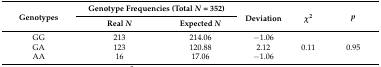
| <ROWSPAN=2> Genotypes | <COLSPAN=2> Genotype Frequencies (Total N = 352) | <ROWSPAN=2> Deviation | <ROWSPAN=2> χ2 | <ROWSPAN=2> p |
 | Real N | Expected N |
 | --- | --- | --- | --- | --- | --- |
 | GG | 213 | 214.06 | −1.06 |  |  |
 | GA | 123 | 120.88 | 2.12 | 0.11 | 0.95 |
 | AA | 16 | 17.06 | −1.06 |  |  |